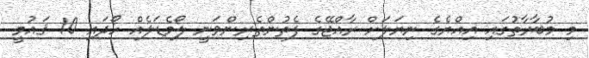
މި މުބާރާތުގައި އިއްޔެގެ ނިޔަލަށް ރާއްޖޭގެ ފެތުންތެރިންވަނީ ލޯމެޑަލެއް ހޯދައި 10 ޤައުމީ